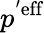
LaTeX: p^{'\textrm{eff}}